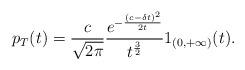
LaTeX: \begin{align*}p_T(t)=\frac{c}{\sqrt{2\pi}}\frac{e^{-\frac{(c-\delta t)^2}{2t}}}{t^{\frac{3}{2}}}1_{(0,+\infty)}(t).\end{align*}